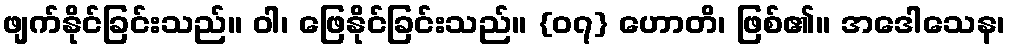
ဖျက်နိုင်ခြင်းသည်။ ဝါ၊ ဖြေနိုင်ခြင်းသည်။ {၀၇} ဟောတိ၊ ဖြစ်၏။ အဒေါသေန၊